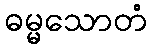
ဓမ္မသောတံ